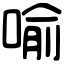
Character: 喻